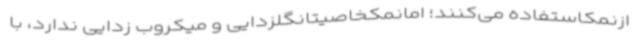
ازنمکاستفاده می‌کنند؛ امانمکخاصیتانگلزدایی و میکروب زدایی ندارد، با